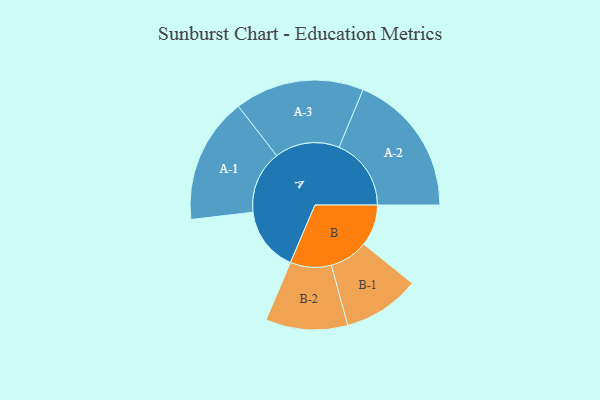
{"axis": {"x": "Segment", "y": "Value"}, "legend": ["", "A", "B"], "data": [{"x": "A", "y": 253, "type": ""}, {"x": "B", "y": 163, "type": ""}, {"x": "A-1", "y": 247, "type": "A"}, {"x": "A-2", "y": 283, "type": "A"}, {"x": "A-3", "y": 254, "type": "A"}, {"x": "B-1", "y": 151, "type": "B"}, {"x": "B-2", "y": 161, "type": "B"}]}